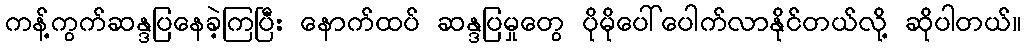
ကန့်ကွက်ဆန္ဒပြနေခဲ့ကြပြီး နောက်ထပ် ဆန္ဒပြမှုတွေ ပိုမိုပေါ်ပေါက်လာနိုင်တယ်လို့ ဆိုပါတယ်။